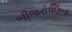
બીજરોપણના